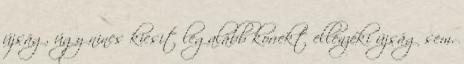
újság, úgy nincs kicsit legalább korrekt ellenzéki újság sem.